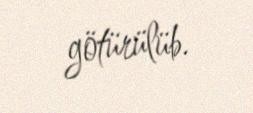
götürülüb.